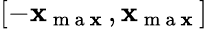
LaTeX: [-\mathbf{x}_{\mathrm{{~m~a~\mathbf{x}~}}},\mathbf{x}_{\mathrm{{~m~a~\mathbf{x}~}}}]